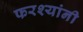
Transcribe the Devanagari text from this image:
फरश्यांनी